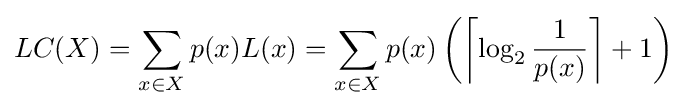
LC(X)=\sum _{x\in X}p(x)L(x)=\sum _{x\in X}p(x)\left(\left\lceil \log _{2}{\frac {1}{p(x)}}\right\rceil +1\right)